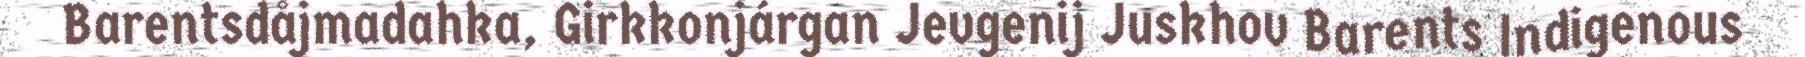
Barentsdåjmadahka, Girkkonjárgan Jevgenij Juskhov Barents Indigenous